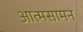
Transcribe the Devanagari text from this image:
आत्मसामन